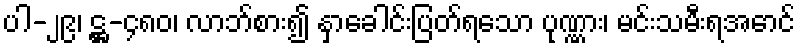
ပါ-၂၉၊ ဋ္ဌ-၄၈၀၊ လာဘ်စား၍ နှာခေါင်းပြတ်ရသော ပုဏ္ဏား၊ မင်းသမီးရအောင်